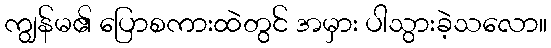
ကျွန်မ၏ ပြောစကားထဲတွင် အမှား ပါသွားခဲ့သလော။